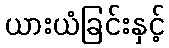
ယားယံခြင်းနှင့်